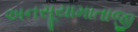
અનસૂયામાતાજી